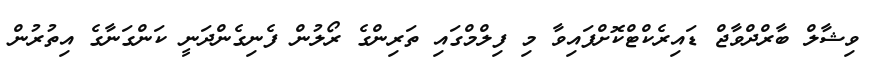
ވިޝާލް ބާރްދްވާޖް ޑައިރެކްޓްކޮށްފައިވާ މި ފިލްމްގައި ތަރިންގެ ރޯލުން ފެނިގެންދަނީ ކަންގަނާގެ އިތުރުން